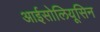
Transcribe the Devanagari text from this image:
आईसोलियूसिन